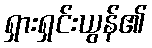
ရှားရှင်းယွန်၏